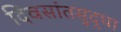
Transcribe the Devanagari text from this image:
दिवसांतसुद्धा